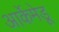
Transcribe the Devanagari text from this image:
आर्केमेडू